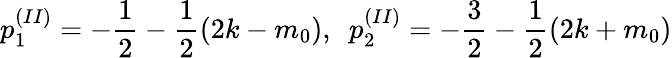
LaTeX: p_{1}^{(II)}=-\frac{1}{2}-\frac{1}{2}(2k-m_{0}),~~p_{2}^{(II)}=-\frac{3}{2}-\frac{1}{2}(2k+m_{0})